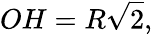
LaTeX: OH=R{\sqrt{2}},